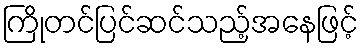
ကြိုတင်ပြင်ဆင်သည့်အနေဖြင့်